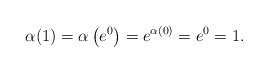
\begin{align*}\alpha(1) = \alpha\left( e^0 \right) = e^{\alpha(0)} = e^0 = 1.\end{align*}